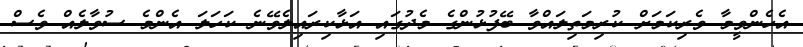
އެހެންވީމާ ވެރިކަމަށް ކުރިމަތިލައްވާ ބޭފުޅުންގެ މެދުގައި އަޅާކިރައިލެވޭނެ ކަހަލަ އެންމެ ސުވާލެއް ވެސް